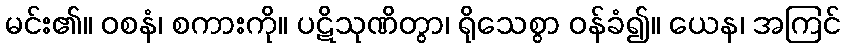
မင်း၏။ ဝစနံ၊ စကားကို။ ပဋိသုဏိတွာ၊ ရိုသေစွာ ဝန်ခံ၍။ ယေန၊ အကြင်